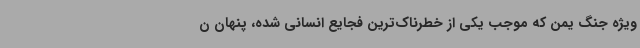
ویژه جنگ یمن که موجب یکی از خطرناک‌ترین فجایع انسانی شده، پنهان ن